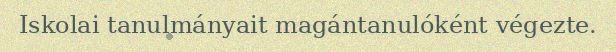
Iskolai tanulmányait magántanulóként végezte.